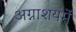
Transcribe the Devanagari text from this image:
अग्नाशयमें